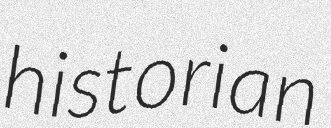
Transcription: historian